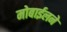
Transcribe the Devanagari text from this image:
मोबाईलने